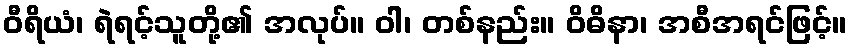
ဝီရိယံ၊ ရဲရင့်သူတို့၏ အလုပ်။ ဝါ၊ တစ်နည်း။ ဝိဓိနာ၊ အစီအရင်ဖြင့်။